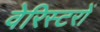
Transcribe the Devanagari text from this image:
वेरिस्टरों